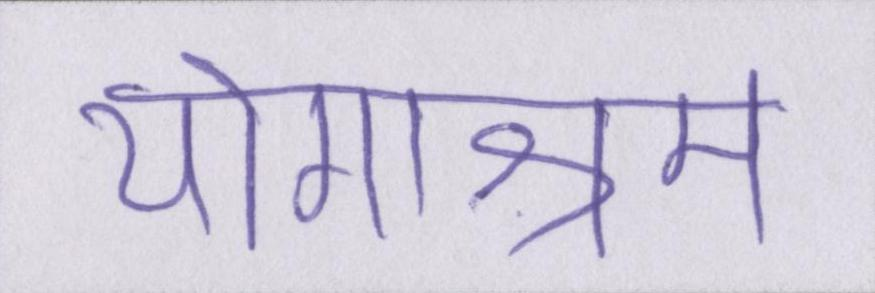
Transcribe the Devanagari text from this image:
योगाश्रम